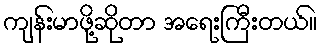
ကျန်းမာဖို့ဆိုတာ အရေးကြီးတယ်။